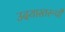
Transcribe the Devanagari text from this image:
उदयास्तरूपी